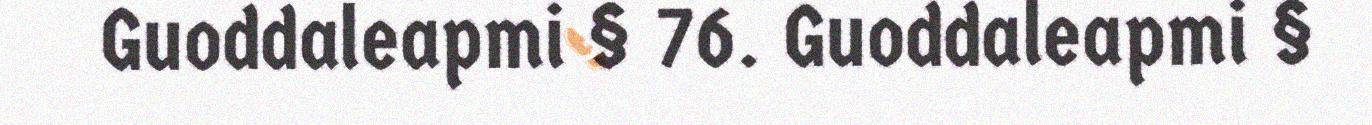
Guoddaleapmi § 76. Guoddaleapmi §